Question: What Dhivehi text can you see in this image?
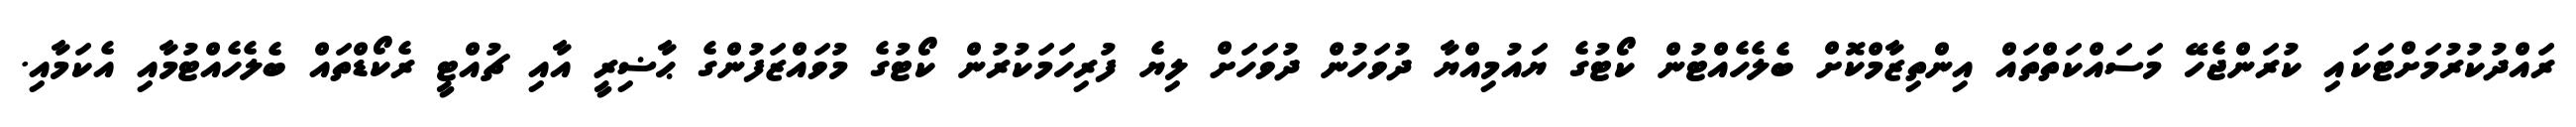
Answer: ރައްދުކުރުމަށްޓަކައި ކުރަންޖެހޭ މަސައްކަތްތައް އިންތިޒާމްކޮށް ބެލެހެއްޓުން ކޯޓުގެ ޔައުމިއްޔާ ދުވަހުން ދުވަހަށް ލިޔެ ފުރިހަމަކުރުން ކޯޓުގެ މުވައްޒަފުންގެ ޙާޟިރީ އާއި ޗުއްޓީ ރެކޯޑްތައް ބެލެހެއްޓުމާއި އެކަމާއި.